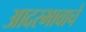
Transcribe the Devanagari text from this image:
आदरभावाचे